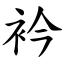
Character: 衿